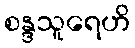
စန္ဒသူရေဟိ